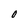
Character: 0